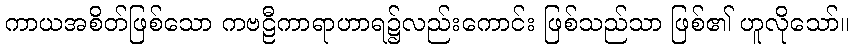
ကာယအစိတ်ဖြစ်သော ကဗဠီကာရာဟာရ၌လည်းကောင်း ဖြစ်သည်သာ ဖြစ်၏ ဟူလိုသော်။